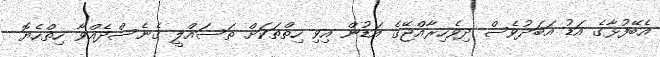
އެބޭފުޅާގެ އަޑު އަބަދުވެސް ދިވެހިރާއްޖޭގެ އަޑުން އިވި ހިތްތަކަށް ތަސައްލީ ގެނެސްދެއްވާ ހިތްހެޔޮ